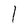
Character: l